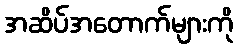
အဆိပ်အတောက်များကို